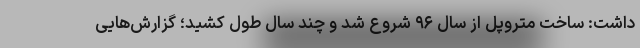
داشت: ساخت متروپل از سال ۹۶ شروع شد و چند سال طول کشید؛ گزارش‌هایی